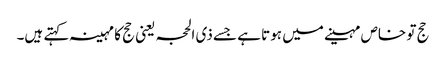
حج تو خاص مہینے میں ہوتا ہے جسے ذی الحجہ یعنی حج کا مہینہ کہتے ہیں۔